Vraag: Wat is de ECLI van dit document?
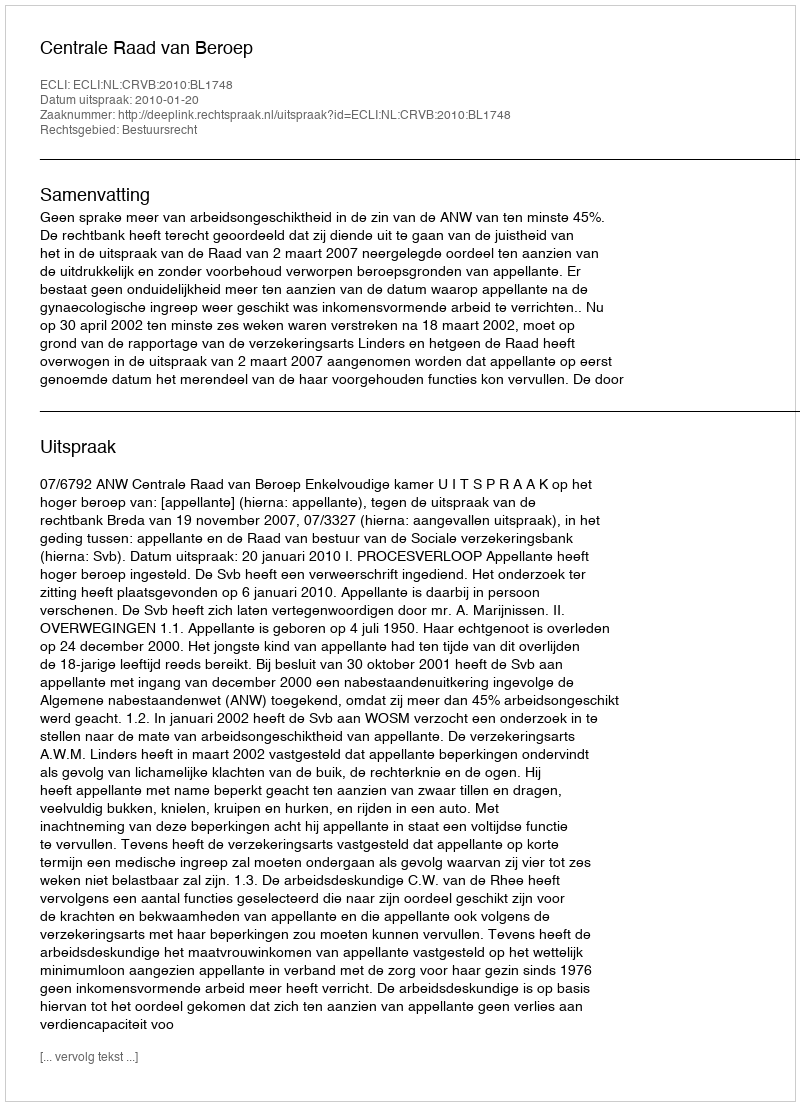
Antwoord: ECLI:NL:CRVB:2010:BL1748